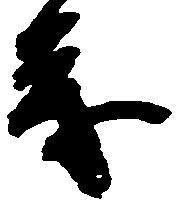
も